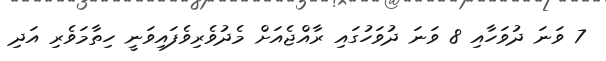
7 ވަނަ ދުވަހާއި 8 ވަނަ ދުވަހުގައި ރާއްޖެއަށް މެދުވެރިވެފައިވަނީ ހިތާމަވެރި އަދި